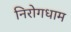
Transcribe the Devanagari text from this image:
निरोगधाम